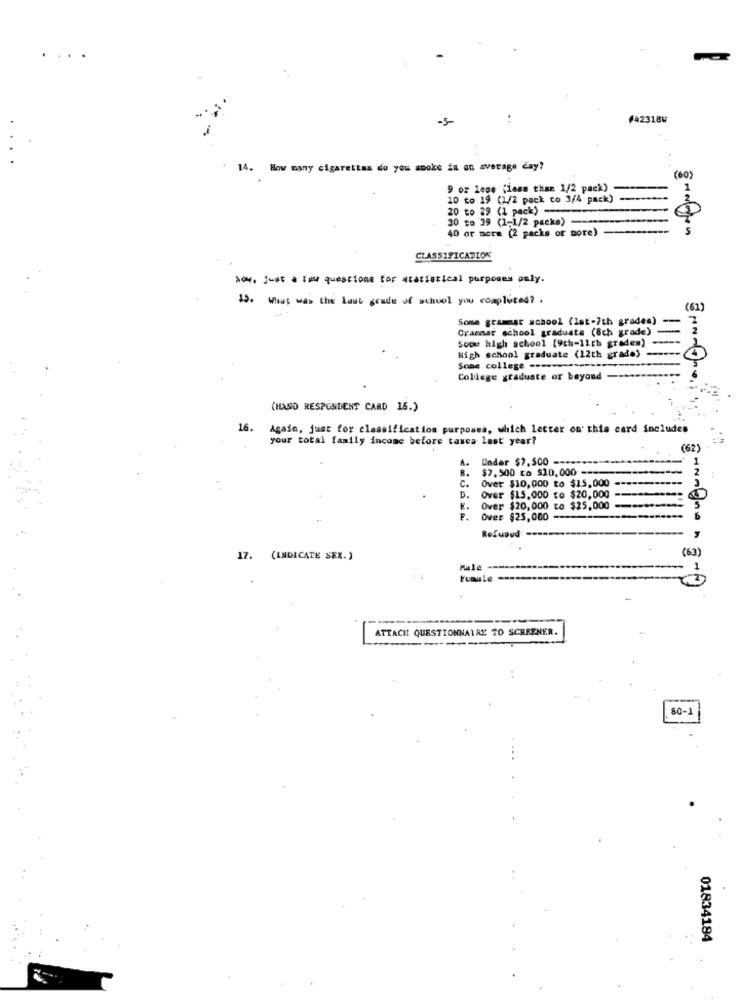
.. .
-5
#42318W
14. How many cigarettes do you sooke in an average day?
(60)
9 or lese (less than 1/2 pack)
10 to 19 (1/2 pack co 3/4 pack)
20 to 29 (1 pack) -
30 to 39 (1-1/2 packa)
40 or more (2 packs or more)
CLASSIFICATION
04. just a few questions for statistical purposes only.
15. What was the Last grade of school you completed? .
(62)
Some grammar school (lat-7th grades)
Grammar school graduate (8ch grade)
Soov high school [9th-1ich graden)
High school graduate (12th grade)
Some college ---
College graduate or beyond
(HAND RESPONDENT CARD 16.)
16.
Again, just for classification purposes, which letter on this card includes
your total family income before taxes last year?
(62)
Under $2,500 =-
$7,500 to $10,000 ----
Over $10,000 to $15,000
D.
Over $15,000 to $20,000
K.
Over $20,000 to $25,000
Over $25,000
Refused -
(63)
17. (INDICATE SEX.)
Male
Fumule
ATTACIL QUESTIONNAIRE 70 SCREENER.
80-1
01834184